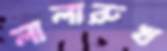
লালারুখ